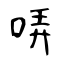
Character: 哢